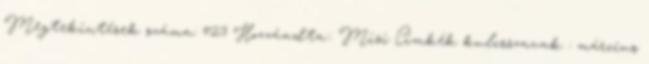
Megtekintések száma: 423 Hozzáadta:: Misi Címkék kulcsszavak : március